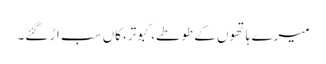
میرے ہاتھوں کے طوطے، کبوتر، کاں سب اڑ گئے۔